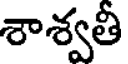
శాశ్వతీ